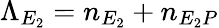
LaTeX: \Lambda_{E_{2}}=n_{E_{2}}+n_{E_{2}P}